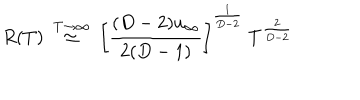
\frac { R ( T ) ~ \buildrel { T \to \infty } } { \simeq ~ \left[ { \frac { ( D - 2 ) u _ { \infty } } { 2 ( D - 1 ) } } \right] ^ { \frac { 1 } { D - 2 } } ~ T ^ { \frac { 2 } { D - 2 } } }